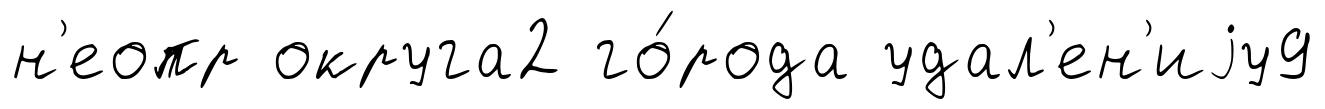
н'еопр округа2 го́рода удал'ен'иjу9